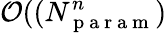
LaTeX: \mathcal{O}((N_{\mathrm{~p~a~r~a~m~}}^{n})